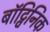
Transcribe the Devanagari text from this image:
बॉट्विनिक